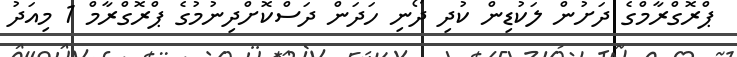
ޕްރޮގްރާމްގެ ދަށުން ލަކުޑިން ކުދި ދޯނި ހަދަން ދަސްކޮށްދިނުމުގެ ޕްރޮގްރާމް 1 މިއަދު